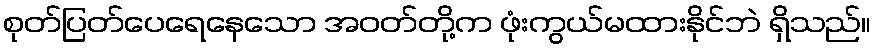
စုတ်ပြတ်ပေရေနေသော အဝတ်တို့က ဖုံးကွယ်မထားနိုင်ဘဲ ရှိသည်။